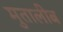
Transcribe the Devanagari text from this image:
मुतालीब